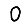
Digit: 0